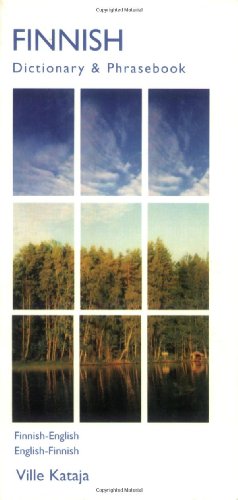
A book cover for Finnish Dictionary & Phrasebook: Finnish-English/English-Finnish (Hippocrene Dictionary & Phrasebooks); Ville Kataja; Reference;